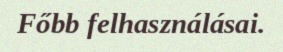
Főbb felhasználásai.